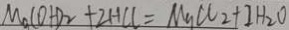
M g ( O H ) _ { 2 } + 2 H C l = M g C l _ { 2 } + 2 H _ { 2 } O